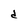
Character: d